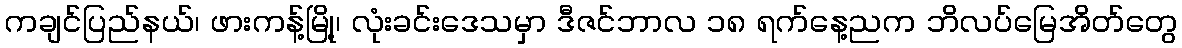
ကချင်ပြည်နယ်၊ ဖားကန့်မြို့၊ လုံးခင်းဒေသမှာ ဒီဇင်ဘာလ ၁၈ ရက်နေ့ညက ဘိလပ်မြေအိတ်တွေ